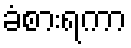
ခံစားရကာ